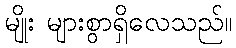
မျိုး များစွာရှိလေသည်။